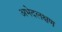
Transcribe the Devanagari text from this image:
अभेदलक्षण